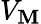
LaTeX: V_{\mathbf{M}}